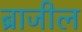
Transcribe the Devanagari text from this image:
ब्राजील